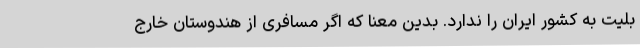
بلیت به کشور ایران را ندارد. بدین معنا که اگر مسافری از هندوستان خارج